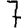
Digit: 7